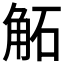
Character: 𧣔